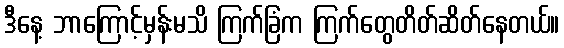
ဒီနေ့ ဘာကြောင့်မှန်းမသိ ကြက်ခြံက ကြက်တွေတိတ်ဆိတ်နေတယ်။